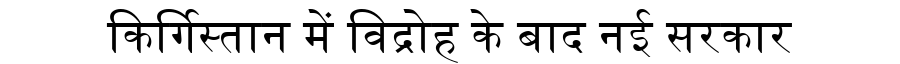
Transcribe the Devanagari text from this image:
किर्गिस्तान में विद्रोह के बाद नई सरकार